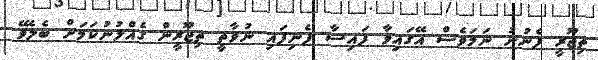
ތިޖޫރީ ފެނުނު ނަމަވެސް އޭގައިވާ ފައިސާ ފެނިފައި ނުވާތީ ތިޖޫރީން ގެއްލުނުކަމަށް ބެލެވޭ